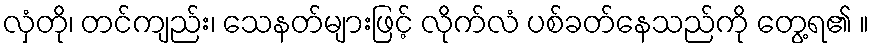
လှံတို၊ တင်ကျည်း၊ သေနတ်များဖြင့် လိုက်လံ ပစ်ခတ်နေသည်ကို တွေ့ရ၏ ။